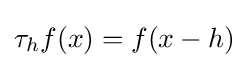
\tau _{h}f(x)=f(x-h)